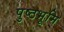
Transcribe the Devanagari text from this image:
पुष्ठभूमि